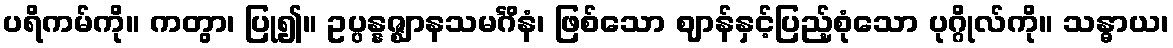
ပရိကမ်ကို။ ကတွာ၊ ပြု၍။ ဥပ္ပန္နဇ္ဈာနသမင်္ဂိနံ၊ ဖြစ်သော ဈာန်နှင့်ပြည့်စုံသော ပုဂ္ဂိုလ်ကို။ သန္ဓာယ၊